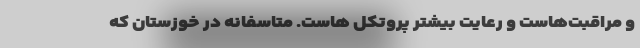
و مراقبت‌‌هاست و رعایت بیشتر پروتکل هاست. متاسفانه در خوزستان که